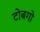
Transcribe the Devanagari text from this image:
टोबगो